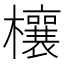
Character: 欀